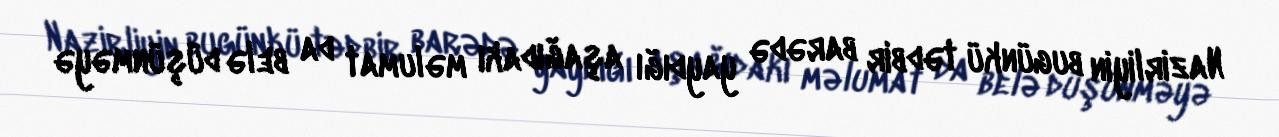
Nazirliyin bugünkü tədbir barədə yaydığı aşağıdakı məlumat da belə düşünməyə